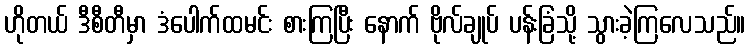
ဟိုတယ် ဒီစီတီမှာ ဒံပေါက်ထမင်း စားကြပြီး နောက် ဗိုလ်ချုပ် ပန်းခြံသို့ သွားခဲ့ကြလေသည်။